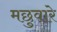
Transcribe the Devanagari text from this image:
मछुवारे